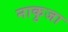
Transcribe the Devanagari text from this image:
नाकुजा